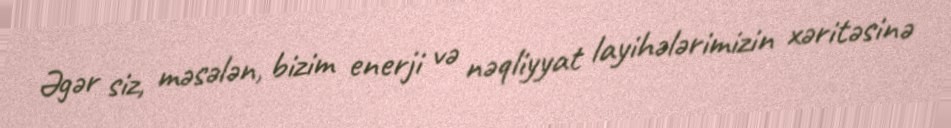
Əgər siz, məsələn, bizim enerji və nəqliyyat layihələrimizin xəritəsinə